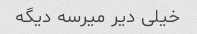
خیلی دیر میرسه دیگه